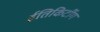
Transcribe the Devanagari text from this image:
ईतिकिटींग